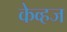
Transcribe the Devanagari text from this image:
केव्हज